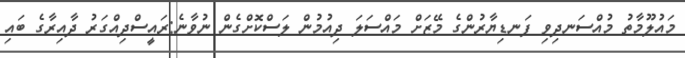
މައުލޫމާތު މުއްސަނދިވި ފަނޑިޔާރުންގެ މޭޒަށް މައްސަލަ ދިއުމުން ލަސްކޮށްގެން ނުވާނެ:ރައީސްދިއްގަރު ދާއިރާގެ ބައި